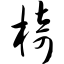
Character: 椅